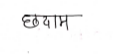
मजकूर: छदाम